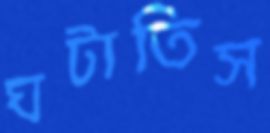
ঘটাতিস